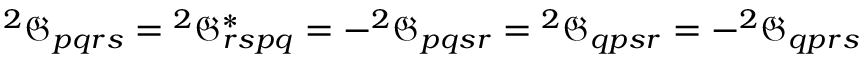
{ ^ { 2 } \mathfrak { G } _ { p q r s } = { ^ { 2 } } \mathfrak { G } _ { r s p q } ^ { * } = - ^ { 2 } \mathfrak { G } _ { p q s r } = { ^ { 2 } \mathfrak { G } _ { q p s r } } = - ^ { 2 } \mathfrak { G } _ { q p r s } }